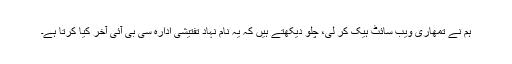
ہم نے تمھاری ویب سائٹ ہیک کر لی، چلو دیکھتے ہیں کہ یہ نام نہاد تفتیشی ادارہ سی بی آئی آخر کیا کرتا ہے۔